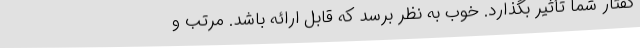
گفتار شما تأثیر بگذارد. خوب به نظر برسد که قابل ارائه باشد. مرتب و